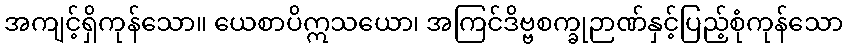
အကျင့်ရှိကုန်သော။ ယေစာပိဣသယော၊ အကြင်ဒိဗ္ဗစက္ခုဉာဏ်နှင့်ပြည့်စုံကုန်သော